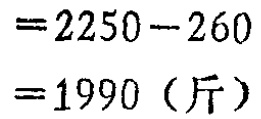
\[

\begin{align*}

&=2250 - 260\\

&=1990 (\text{斤})

\end{align*}

\]